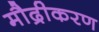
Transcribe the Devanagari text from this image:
मौद्रीकरण